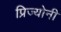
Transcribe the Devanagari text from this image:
प्रिज्योनी